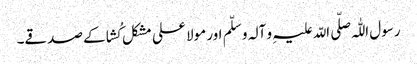
رسول اللّٰہ صلّی اللّہ علیہِ و آلہ و سلّم اور مولا علی مشکل کُشا کے صدقے۔